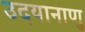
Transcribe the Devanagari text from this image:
उदयानाणु